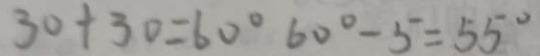
3 0 + 3 0 = 6 0 ^ { \circ } 6 0 ^ { \circ } - 5 = 5 5 ^ { \circ }